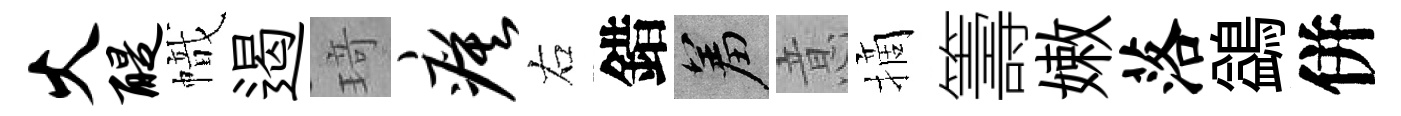
火醍幟遏𤦺瘼右錯羞意摘籌嫩落鷁併